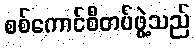
စစ်ကောင်စီတပ်ဖွဲ့သည်